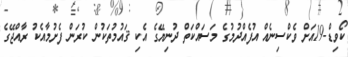
ކޯވިޑް-19އަށް ވެކްސިނެއް އުފެއްދުމުގެ މަސައްކަތް ދުނިޔޭގެ އެކި ޤައުމުތަކުން ކުރަން ފެށުމާއެކު ރާއްޖޭގެ